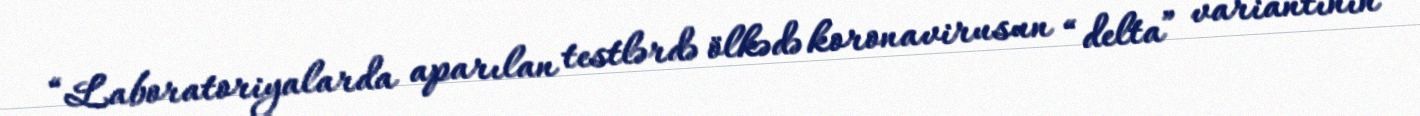
“Laboratoriyalarda aparılan testlərdə ölkədə koronavirusun “delta” variantının